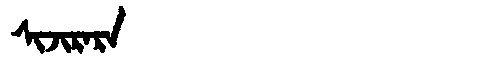
Manchu: ᠰᡳᠵᡳᡵᠠᡵᠠ
Romanization: SIJIRARA